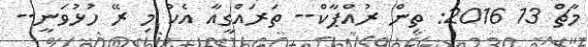
މާޗް 13 2016: ތިން ރުއްޕާކް-- ތަރައްގީއާ އެކު މި ރޭ ހުޅުވަނީ--